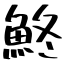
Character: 鮗